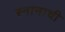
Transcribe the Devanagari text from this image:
स्नानाची